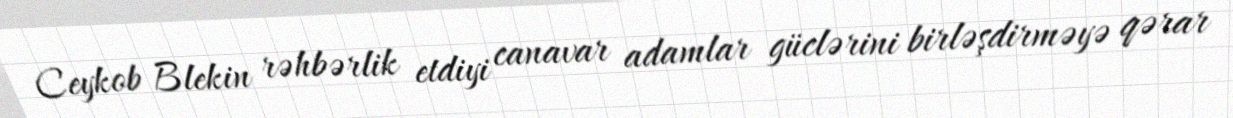
Ceykob Blekin rəhbərlik etdiyi canavar adamlar güclərini birləşdirməyə qərar